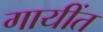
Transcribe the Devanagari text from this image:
गायींत